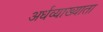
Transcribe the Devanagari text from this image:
अर्धव्याख्याता